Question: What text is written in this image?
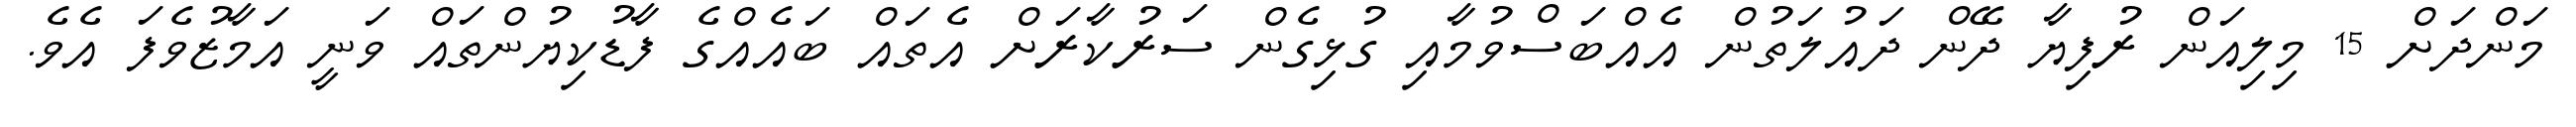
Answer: މަންދަށް 15 މިލިއަން ރުފިޔާ ދޭން ދައުލަތުން އެއްބަސްވުމާއި ގުޅިގެން ސަރުކާރަށް އެތައް ބައެއްގެ ފާޑުކިޔުންތައް ވަނީ އަމާޒުވެފަ އެވެ.